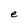
Character: e